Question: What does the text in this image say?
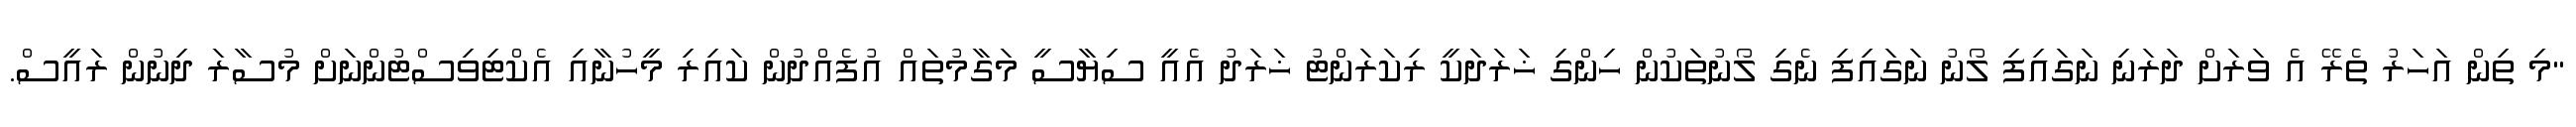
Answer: "މި ތިން އަހަރު ތެރޭ އެ ވަރަށް ދަރަނި ނަގައިފި ލޯނު ނަގައިފި ނެގި ލޯނުތަކުން ހިންގި ޚަރަދަކީ ރިކަރަންޓު ޚަރަދު އެއީ ސިޔާސީ މަގާމުތައް އުފެއްދުން ކައިރި މީހުނާއި އެކްޓިވިސްޓުންނަށް މުސާރަ ދިނުން ރައީސް.